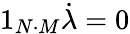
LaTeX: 1_{N\cdot M}\dot{\lambda}=0